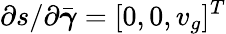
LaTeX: \partial s/\partial\bar{\boldsymbol{\gamma}}=[0,0,v_{g}]^{T}